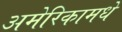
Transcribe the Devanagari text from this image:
अमेरिकामधे